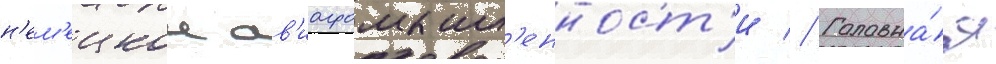
н'ем'ецкои ав'иапромышл'енност'и // Головна́я